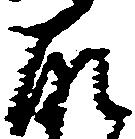
取